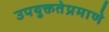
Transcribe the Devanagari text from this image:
उपयुक्ततेप्रमाणे